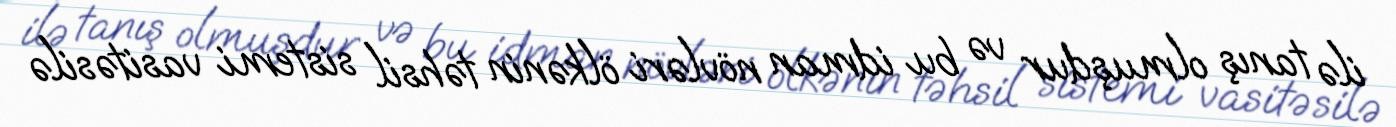
ilə tanış olmuşdur və bu idman növləri ölkənin təhsil sistemi vasitəsilə